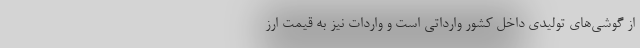
از گوشی‌های تولیدی داخل کشور وارداتی است و واردات نیز به قیمت ارز